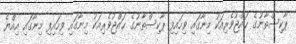
ޕާކިސްތާނުގެ ޙައްޖުވެރިއަކު މިނާގައި ވިހައިފި ޕާކިސްތާނުގެ ޙައްޖުވެރިއަކު މިނާގައި ވިހައިފި މިނާގައި އިއްޔެ